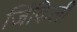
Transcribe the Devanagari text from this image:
जिंकिली